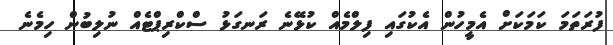
ފުރަތަމަ ކަމަކަށް އެމީހުން އެކުގައި ފިލްމެއް ކުޅޭނެ ރަނގަޅު ސްކްރިޕްޓެއް ނުލިބުން ހިމެނެ